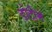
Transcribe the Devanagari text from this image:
डोटीमे